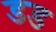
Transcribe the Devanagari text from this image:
डड